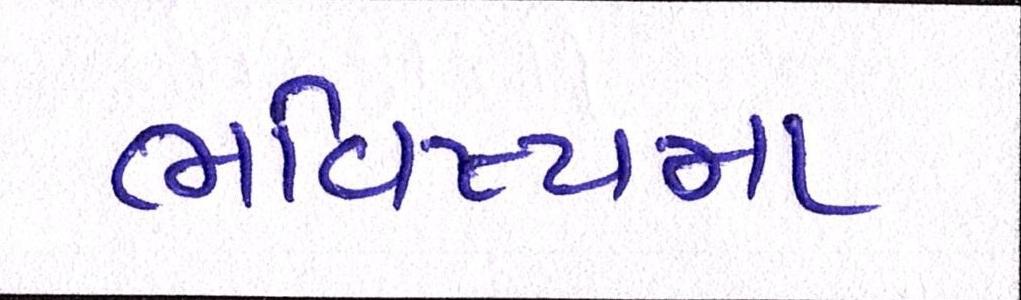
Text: ભવિષ્યના